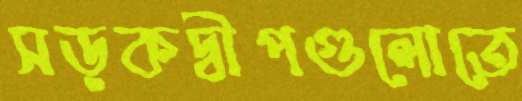
সড়কদ্বীপগুলোতে